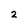
Character: 2